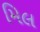
મિલ